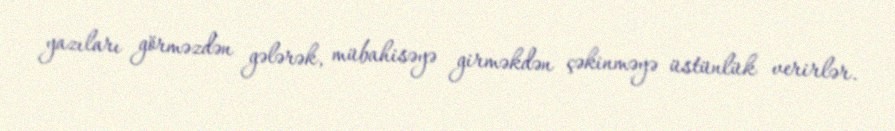
yazıları görməzdən gələrək, mübahisəyə girməkdən çəkinməyə üstünlük verirlər.